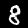
Label: 8